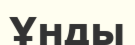
Ұнды